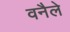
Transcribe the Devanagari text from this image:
वनैले